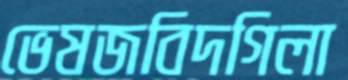
ভেষজবিদগিলা